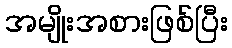
အမျိုးအစားဖြစ်ပြီး